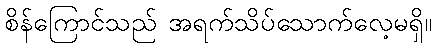
စိန်ကြောင်သည် အရက်သိပ်သောက်လေ့မရှိ။